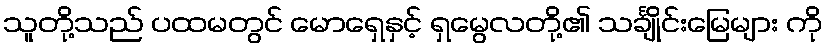
သူတို့သည် ပထမတွင် မောရှေနှင့် ရှမွေလတို့၏ သင်္ချိုင်းမြေများ ကို